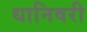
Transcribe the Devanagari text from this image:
धानिवरी